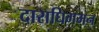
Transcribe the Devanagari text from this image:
दाराघिगमन